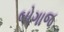
બોગાજ